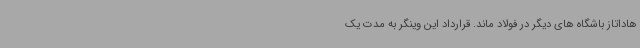
هاداتاز باشگاه های دیگر در فولاد ماند. قرارداد این وینگر به مدت یک